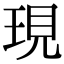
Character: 現